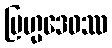
ဗြဟ္မဒေဝဿ